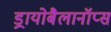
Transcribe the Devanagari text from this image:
ड्रायोबैलानॉप्स